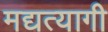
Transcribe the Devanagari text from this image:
मद्यत्यागी